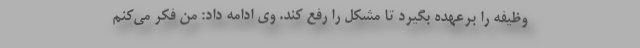
وظیفه را برعهده بگیرد تا مشکل را رفع کند. وی ادامه داد: من فکر می‌کنم